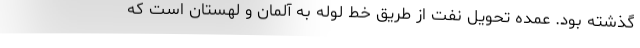
گذشته بود. عمده تحویل نفت از طریق خط لوله به آلمان و لهستان است که